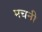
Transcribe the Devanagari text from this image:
मचनी